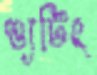
শ্যুটিং